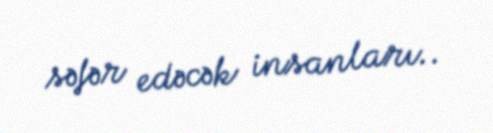
səfər edəcək insanları..